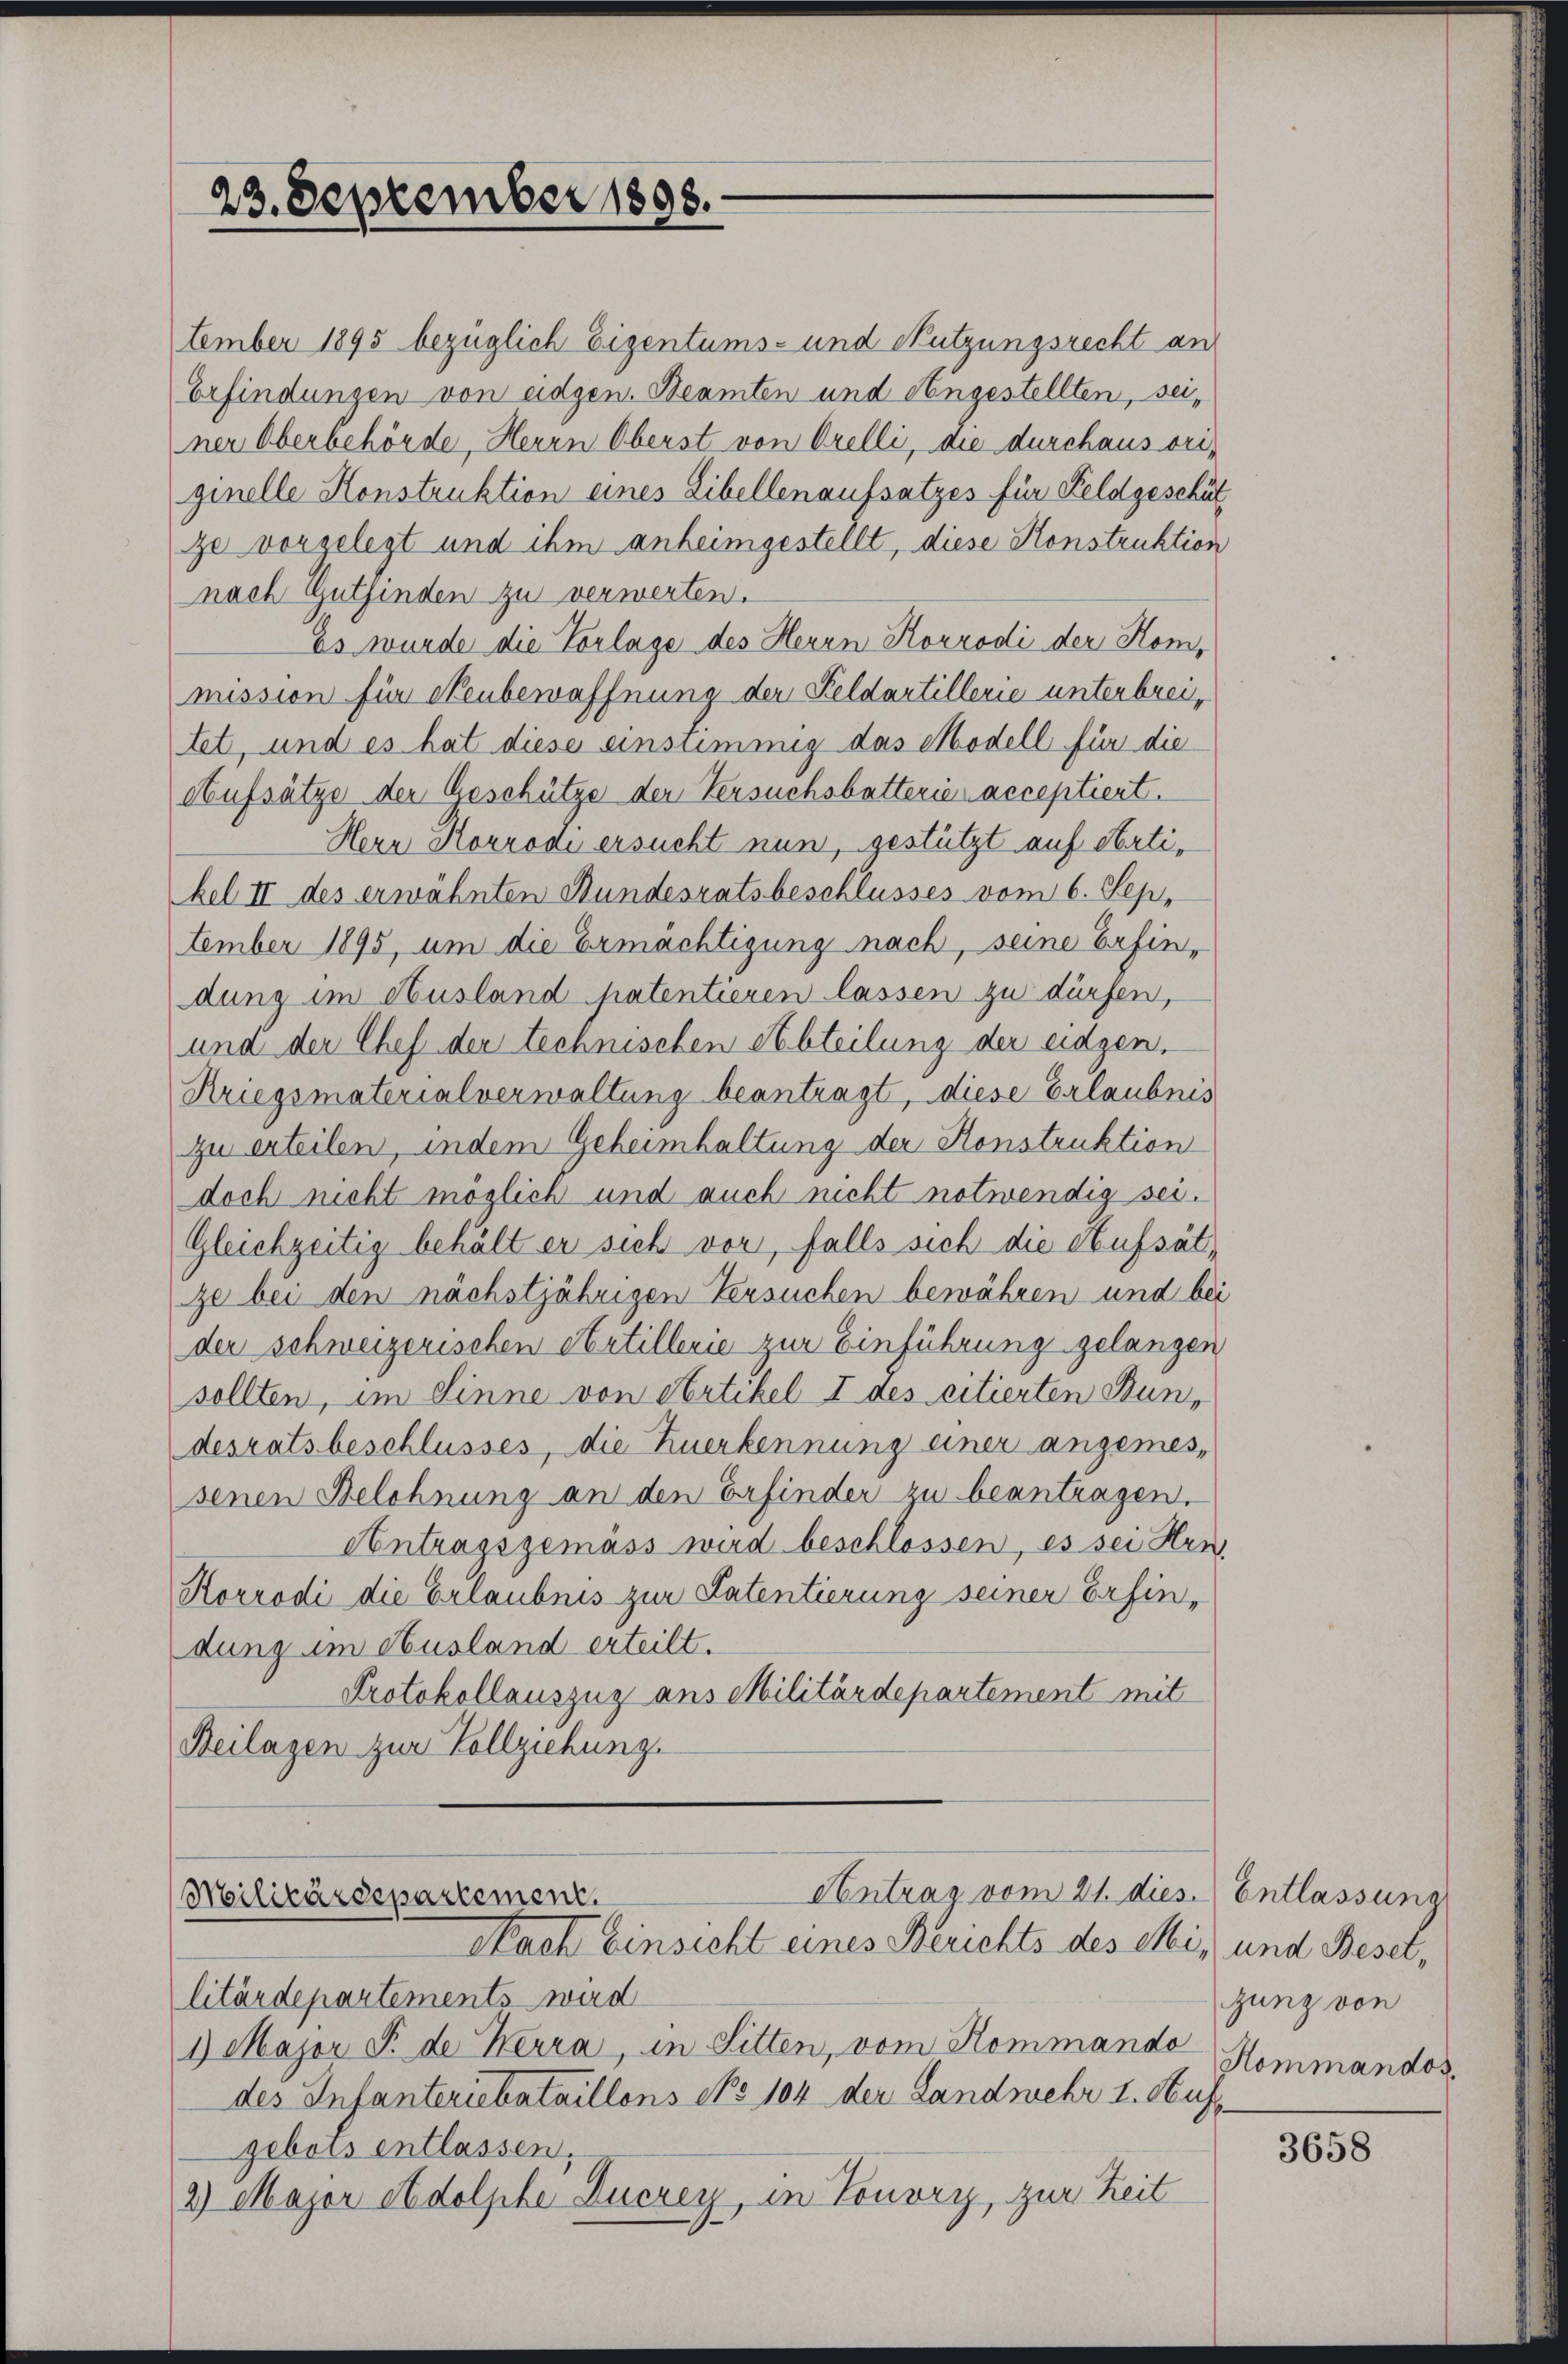
23. September 1898.

Antrag vom 21. dies. Entlassung
Militärdepartement.
Nach Einsicht eines Berichts des Mit und Besel,

tember 1895 bezüglich Eigentums- und Nutzungsrecht an
Erfindungen von eidgen. Beamten und engestellten, sei,
ner Oberbehörde, Herrn Oberst von Orelli, die durchaus ori-
ginelle Konstruktion eines Eibellenaufsatzes für Feldgeschät
ze vorgelegt und ihm anheimgestellt, diese Konstruktion
nach Gutfinden zu verwerten.
Es wurde die Vorlage des Herrn Korrodi der Kommission für Neubewaffnung der Feldartillerie unterbreitet, und es hat diese einsummig das Modell für die
Aufsätze der Geschütze der Versuchsbatterie acceptiert.
Herr Korrodi ersucht nun, gestützt auf Artikel II des erwähnten Bundesratsbeschlusses vom 6. Sep.
tember 1895, um die Ermächtigung nach, seine Erfindung im Ausland patentieren lassen zu dürfen,
und der Chef der technischen Abteilung der eidgen.
Kriegsmaterialverwaltung beantragt, diese Erlaubnis
zu erteilen, indem Geheimhaltung der Konstruktion
doch nicht möglich und auch nicht notwendig sei.
Gleichzeitig behält er sich vor, falls sich die Aufsätze bei den nächstjährigen Versuchen bewähren und bei
der schweizerischen Artillerie zur Einführung gelangen
sollten, im Sinne von Artikel I des citierten Bundesratsbeschlusses, die Zuerkennung einer angemessenen Belohnung an den Erfinder zu beantragen.
Contragsgemäss wird beschlossen, es sei Hrn.
Korrodi die Erlaubnis zur Patentierung seiner Erfindung im Ausland erteilt.
Protokollauszug aus Militärdepartement mit
Beilagen zur Vollziehung.

litärdepartements wird
1) Major F. de Kerra, in Sitten, vom Kommande
des Infanteriebataillons No 104 der Landwehr I. Aufzebois entlassen,
2) Major Adolphe Ducrey, in Tonory, zur Zeit

gung von
Hommandos,

3658